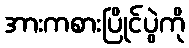
အားကစားပြိုင်ပွဲကို